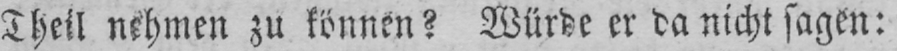
Theil nehmen zu können? Würde er da nicht sagen: